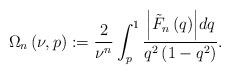
LaTeX: \begin{align*}\Omega _{n}\left( \nu ,p\right) :=\frac{2}{\nu ^{n}}\int_{p}^{1}\frac{{\left\vert \tilde{{F}}_{n}\left( q\right) \right\vert }dq}{q^{2}\left( {1-q^{2}}\right) }. \end{align*}